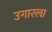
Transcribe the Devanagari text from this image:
उगारला